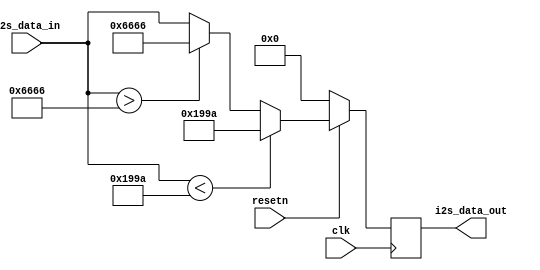
module distortion #(
    parameter DATA_WIDTH = 16
) (
    input [DATA_WIDTH-1:0] i2s_data_in,
    output reg [DATA_WIDTH-1:0] i2s_data_out,
    input clk,
    input resetn
);

  always @(posedge clk) begin
    if (!resetn) begin
      i2s_data_out <= 'h00;
    end else begin
      // This is for distorting the signal in the data format that is
      // acquired from the codec

      // if ((i2s_data_in[23:20] <= 4'hE) && (i2s_data_in[23:20] >= 4'h8)) begin
      //   i2s_data_out <= 24'hE00000;
      // end else if ((i2s_data_in[23:20] >= 4'h2) && (i2s_data_in[23:20] <= 4'h7)) begin
      //   i2s_data_out <= 24'h200000;
      // end

      // This is for testing

      if (i2s_data_in < 'd6554) begin
        i2s_data_out <= 'd6554;
      end else if (i2s_data_in > 'd26214) begin
        i2s_data_out <= 'd26214;
      end else begin
        i2s_data_out <= i2s_data_in;
      end

    end

  end


  initial begin
    $dumpvars(0, distortion);
    $dumpfile("dump.vcd");
  end


endmodule